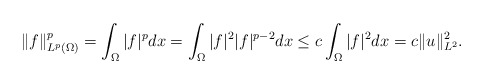
\begin{align*}& \|f\|_{L^p(\Omega) }^p = \int_{\Omega} |f|^{ p} dx=\int_{\Omega} |f|^2 |f|^{ p-2} dx\leq c \int_{\Omega} |f|^2 dx = c \| u \|_{L^2}^2. \end{align*}